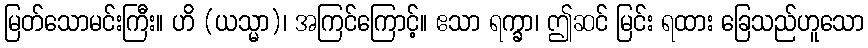
မြတ်သောမင်းကြီး။ ဟိ (ယသ္မာ)၊ အကြင်ကြောင့်။ ဧသာ ရက္ခာ၊ ဤဆင် မြင်း ရထား ခြေသည်ဟူသော